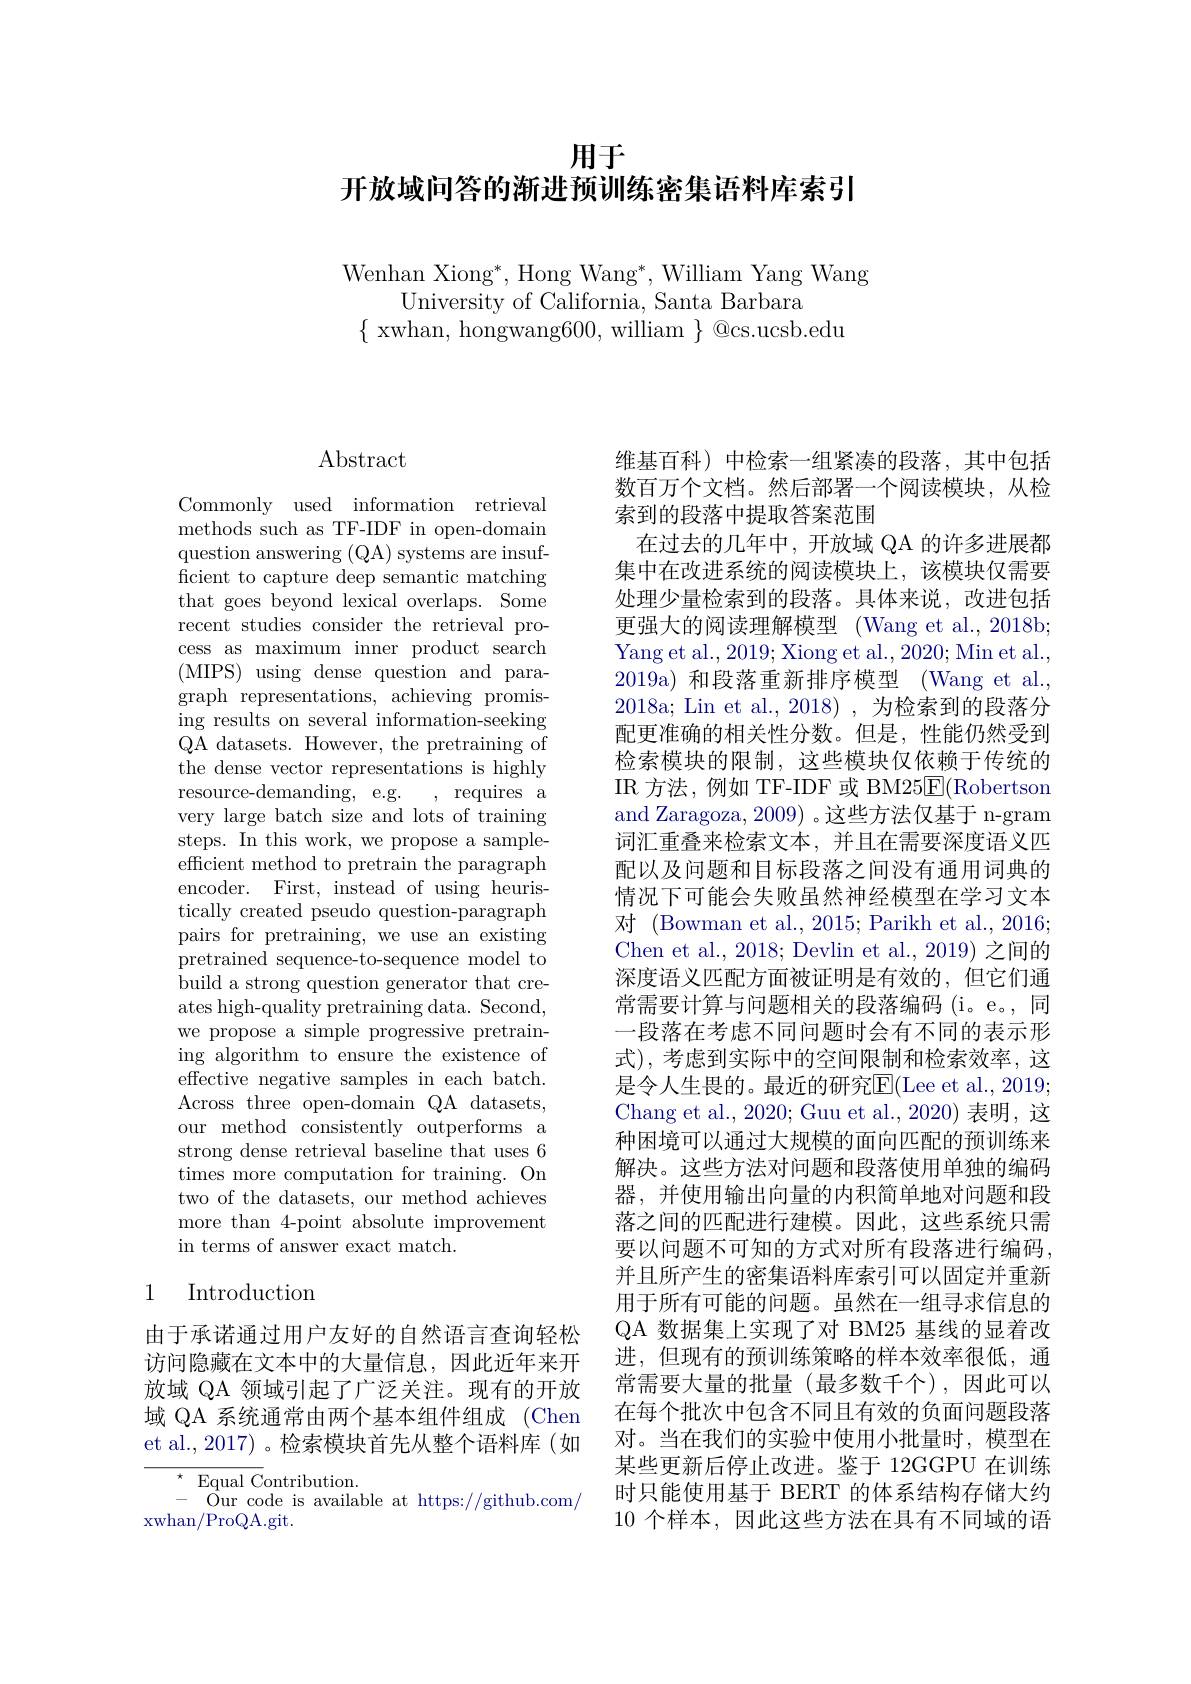
用于

开放域问答的渐进预训练密集语料库索引

Wenhan Xiong*, Hong Wang*, William Yang Wang
University of California, Santa Barbara
$\{$ xwhan, hongwang600, william $\}$ @cs.ucsb.edu

## $\operatorname{Abstract}$

Commonly used information retrieval methods such as TF-IDF in open-domain question answering (Q$A)$ systems are insufficient to capture deep semantic matching that goes beyond lexical overlaps. Some recent studies consider the retrieval process as maximum inner product search (MIPS) using dense question and paragraph representations, achieving promising results on several information-seeking QA datasets. However, the pretraining of the dense vector representations is highly resource-demanding, e.g. , requires a very large batch size and lots of training steps. In this work, we propose a sampleefficient method to pretrain the paragraph encoder. First, instead of using heuristically created pseudo question-paragraph pairs for pretraining, we use an existing pretrained sequence-to-sequence model to build a strong question generator that creates high-quality pretraining data. Second, we propose a simple progressive pretraining algorithm to ensure the existence of effective negative samples in each batch. Across three open-domain QA datasets, our method consistently outperforms a strong dense retrieval baseline that uses 6 times more computation for training. On two of the datasets, our method achieves more than 4-point absolute improvement in terms of answer exact match.

## 1 Introduction

由于承诺通过用户友好的自然语言查询轻松访问隐藏在文本中的大量信息，因此近年来开放域 QA 领域引起了广泛关注。现有的开放域 QA 系统通常由两个基本组件组成 (Chen et al., 2017) 。检索模块首先从整个语料库(如

$^{\star }$ Equal Contribution.
 Our code is available at https://github.com/
xwhan/ProQA.git.

维基百科) 中检索一组紧凑的段落，其中包括数百万个文档。然后部署一个阅读模块，从检索到的段落中提取答案范围
在过去的几年中，开放域 QA 的许多进展都集中在改进系统的阅读模块上，该模块仅需要处理少量检索到的段落。具体来说，改进包括更强大的阅读理解模型 (Wang et al., 2018b; Yang et al., 2019; Xiong et al., 2020; Min et al., 2019a)和段落重新排序模型 ( $Wang et al. $, 2018a; Lin et al., 2018) , 为检索到的段落分配更准确的相关性分数。但是，性能仍然受到检索模块的限制，这些模块仅依赖于传统的IR 方法，例如 TF-IDF 或 BM25$\overline{\mathrm{E}}($Robertson and Zaragoza, 2009) 。这些方法仅基于 n-gram 词汇重叠来检索文本，并且在需要深度语义匹配以及问题和目标段落之间没有通用词典的情况下可能会失败虽然神经模型在学习文本对 (Bowman et al., 2015; Parikh et al., 2016; Chen et al., 2018; Devlin et al., 2019) 之间的深度语义匹配方面被证明是有效的，但它们通常需要计算与问题相关的段落编码(i。e。, 同一段落在考虑不同问题时会有不同的表示形式), 考虑到实际中的空间限制和检索效率，这是令人生畏的。最近的研究E(Lee et al., 2019; Chang et al., 2020; Guu et al., 2020) 表明，这种困境可以通过大规模的面向匹配的预训练来解决。这些方法对问题和段落使用单独的编码器，并使用输出向量的内积简单地对问题和段落之间的匹配进行建模。因此，这些系统只需要以问题不可知的方式对所有段落进行编码， 并且所产生的密集语料库索引可以固定并重新用于所有可能的问题。虽然在一组寻求信息的QA 数据集上实现了对 BM25 基线的显着改进，但现有的预训练策略的样本效率很低，通常需要大量的批量(最多数千个),因此可以在每个批次中包含不同且有效的负面问题段落对。当在我们的实验中使用小批量时，模型在某些更新后停止改进。鉴于 12GGPU 在训练时只能使用基于 BERT 的体系结构存储大约10 个样本，因此这些方法在具有不同域的语